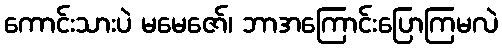
ကောင်းသားပဲ မမေဇော်၊ ဘာအကြောင်းပြောကြမလဲ